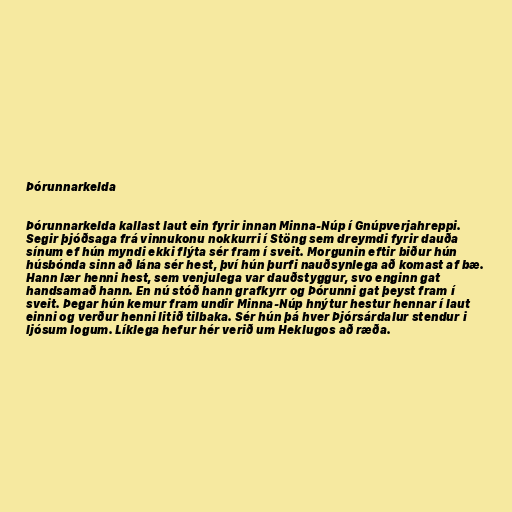
Þórunnarkelda

Þórunnarkelda kallast laut ein fyrir innan Minna-Núp í Gnúpverjahreppi.
Segir þjóðsaga frá vinnukonu nokkurri í Stöng sem dreymdi fyrir dauða
sínum ef hún myndi ekki flýta sér fram í sveit. Morgunin eftir biður hún
húsbónda sinn að lána sér hest, því hún þurfi nauðsynlega að komast af bæ.
Hann lær henni hest, sem venjulega var dauðstyggur, svo enginn gat
handsamað hann. En nú stóð hann grafkyrr og Þórunni gat þeyst fram í
sveit. Þegar hún kemur fram undir Minna-Núp hnýtur hestur hennar í laut
einni og verður henni litið tilbaka. Sér hún þá hver Þjórsárdalur stendur i
ljósum logum. Líklega hefur hér verið um Heklugos að ræða.